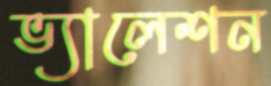
ভ্যালেশন